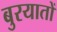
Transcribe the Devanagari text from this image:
बुरयातों